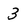
Character: 3